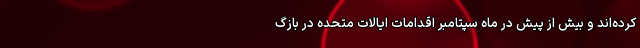
کرده‌اند و بیش از پیش در ماه سپتامبر اقدامات ایالات متحده در بازگ